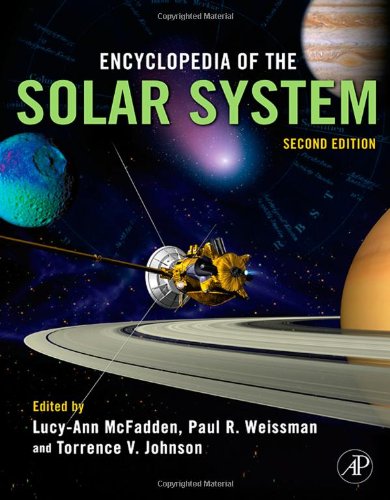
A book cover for Encyclopedia of the Solar System, Second Edition; Science & Math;